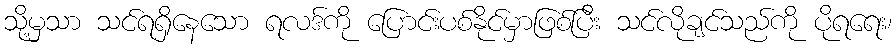
သို့မှသာ သင်ရရှိနေသော ရလဒ်ကို ပြောင်းပစ်နိုင်မှာဖြစ်ပြီး သင်လိုချင်သည်ကို ပိုရရေး၊